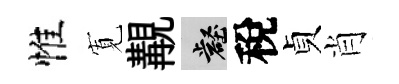
惟𡩖覯壑稅貞肖